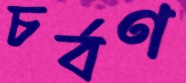
চর্বণ